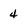
Character: 4